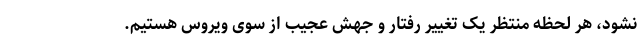
نشود، هر لحظه منتظر یک تغییر رفتار و جهش عجیب از سوی ویروس هستیم‌.